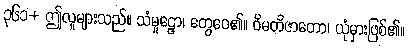
၃၆၁+ ဤလူများသည်။ သံမူဠှော၊ တွေဝေ၏။ ဝိမတိဇာတော၊ ယုံမှားဖြစ်၏။